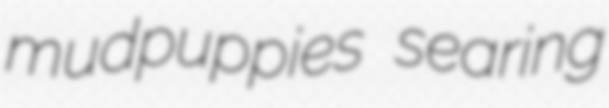
mudpuppies searing